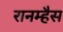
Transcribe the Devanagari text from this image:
रानम्हैस